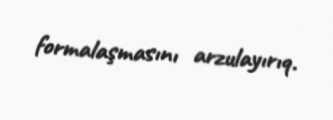
formalaşmasını arzulayırıq.